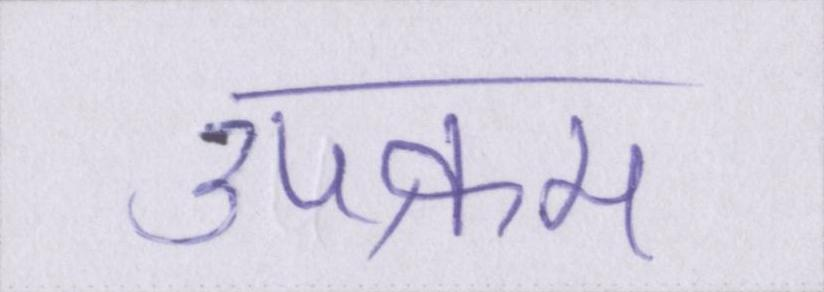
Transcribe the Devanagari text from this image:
उपक्रम